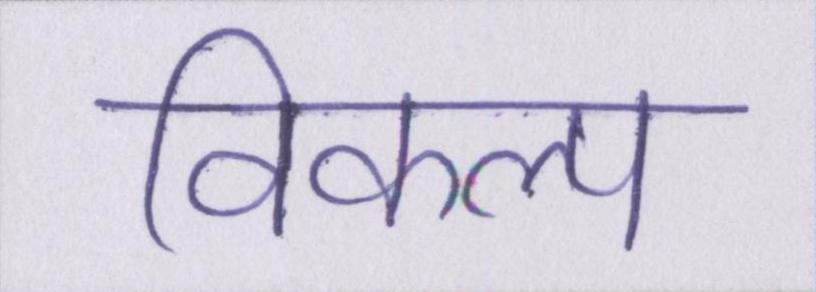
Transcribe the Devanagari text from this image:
विकल्प